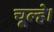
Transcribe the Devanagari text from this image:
चूल्हे।